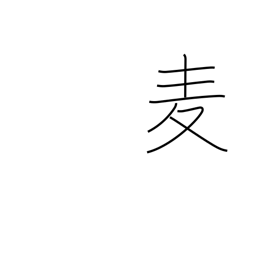
Meaning: wheat